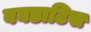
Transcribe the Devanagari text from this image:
बघडाटिस